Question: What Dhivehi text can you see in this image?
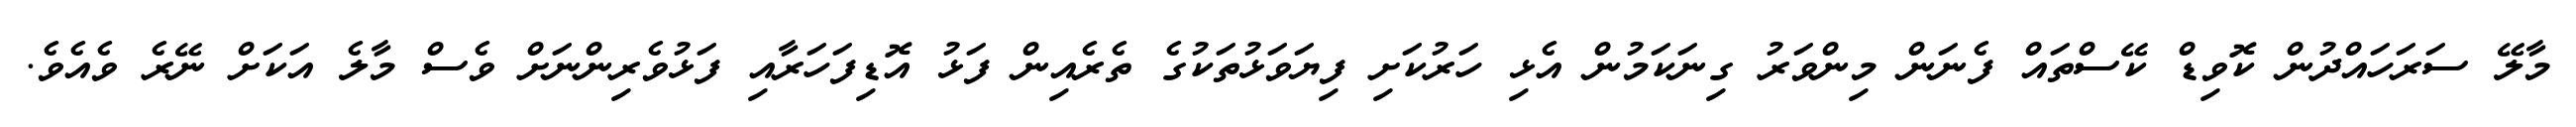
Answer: މާލޭ ސަރަހައްދުން ކޮވިޑް ކޭސްތައް ފެނަން މިންވަރު ގިނަކަމުން އެޅި ހަރުކަށި ފިޔަވަޅުތަކުގެ ތެރެއިން ފަޅު އޮޑިފަހަރާއި ފަޅުވެރިންނަށް ވެސް މާލެ އަކަށް ނޭރެ ވެއެވެ.